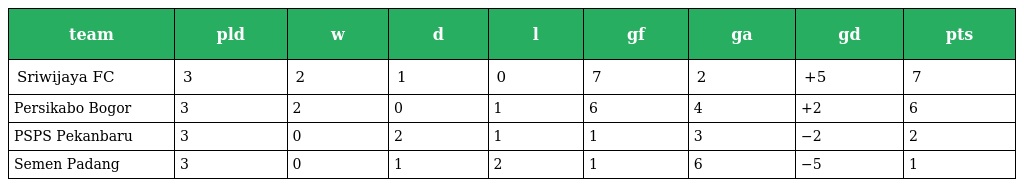
| team | pld | w | d | l | gf | ga | gd | pts |
 | --- | --- | --- | --- | --- | --- | --- | --- | --- |
 | Sriwijaya FC | 3 | 2 | 1 | 0 | 7 | 2 | +5 | 7 |
 | Persikabo Bogor | 3 | 2 | 0 | 1 | 6 | 4 | +2 | 6 |
 | PSPS Pekanbaru | 3 | 0 | 2 | 1 | 1 | 3 | −2 | 2 |
 | Semen Padang | 3 | 0 | 1 | 2 | 1 | 6 | −5 | 1 |